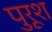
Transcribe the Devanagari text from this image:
पुरूश